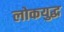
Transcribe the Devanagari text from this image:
लोकयुद्ध